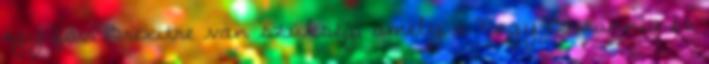
egy fair Brexitre van szükség, amely a Nagy-Britannia és